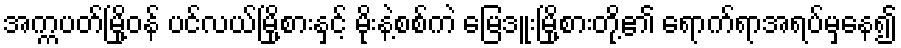
အက္ကပတ်မြို့ဝန် ပင်လယ်မြို့စားနှင့် မိုးနဲ့စစ်ကဲ မြေဒူးမြို့စားတို့၏ ရောက်ရာအရပ်မှနေ၍